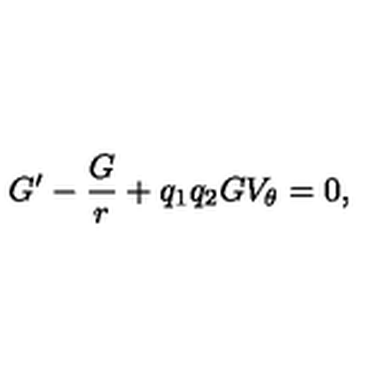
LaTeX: G ^ { \prime } - \frac { G } { r } + q _ { 1 } q _ { 2 } G V _ { \theta } = 0 ,